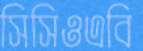
সিসিওএবি